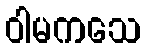
ဝါမကသေ